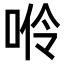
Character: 𠴒